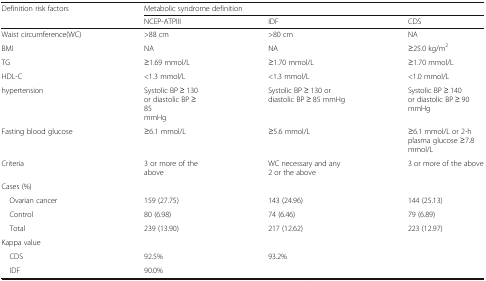
| Definition risk factors | <COLSPAN=3> Metabolic syndrome definition |
 |  | NCEP-ATPIII | IDF | CDS |
 | --- | --- | --- | --- |
 | Waist circumference(WC) | >88 cm | >80 cm | NA |
 | BMI | NA | NA | ≥25.0 kg/m2 |
 | TG | ≥1.69 mmol/L | ≥1.70 mmol/L | ≥1.70 mmol/L |
 | HDL-C | <1.3 mmol/L | <1.3 mmol/L | <1.0 mmol/L |
 | hypertension | Systolic BP ≥ 130 or diastolic BP ≥ 85 mmHg | Systolic BP ≥ 130 or diastolic BP ≥ 85 mmHg | Systolic BP ≥ 140or diastolic BP ≥ 90 mmHg |
 | Fasting blood glucose | ≥6.1 mmol/L | ≥5.6 mmol/L | ≥6.1 mmol/L or 2-h plasma glucose ≥7.8 mmol/L |
 | Criteria | 3 or more of the above | WC necessary and any 2 or the above | 3 or more of the above |
 | <COLSPAN=4> Cases (%) |
 | Ovarian cancer | 159 (27.75) | 143 (24.96) | 144 (25.13) |
 | Control | 80 (6.98) | 74 (6.46) | 79 (6.89) |
 | Total | 239 (13.90) | 217 (12.62) | 223 (12.97) |
 | <COLSPAN=4> Kappa value |
 | CDS | 92.5% | 93.2% |  |
 | IDF | 90.0% |  |  |